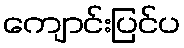
ကျောင်းပြင်ပ